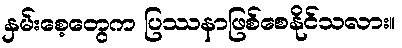
နှမ်းစေ့တွေက ပြဿနာဖြစ်စေနိုင်သလား။